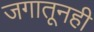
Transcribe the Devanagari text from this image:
जगातूनही